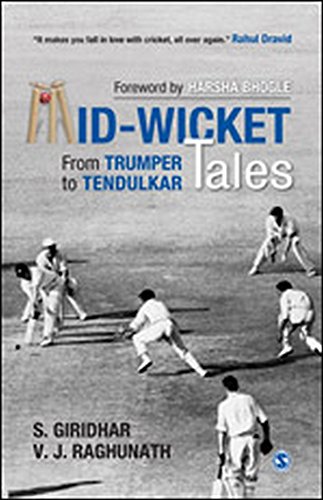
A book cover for Mid-Wicket Tales: From Trumper to Tendulkar; S Giridhar; Sports & Outdoors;